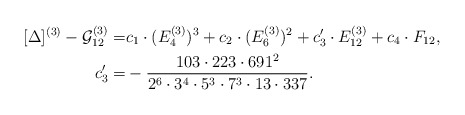
\begin{align*}[\Delta]^{(3)}-\mathcal{G}_{12}^{(3)}=&c_1\cdot (E_4^{(3)})^3+c_2\cdot (E_6^{(3)})^2+c'_3\cdot E_{12}^{(3)}+c_4\cdot F_{12},\\ c'_3=&-\frac{103\cdot 223\cdot 691^2}{2^6\cdot 3^4\cdot 5^3\cdot 7^3\cdot 13\cdot 337}.\end{align*}